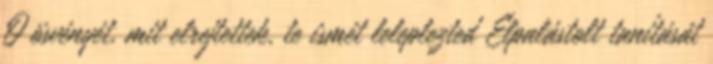
Ő ösvényét, mit elrejtettek, te ismét leleplezted Elpalástolt tanítását